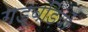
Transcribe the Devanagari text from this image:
गड़बड़ियों